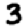
Digit: 3